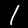
Label: 1